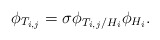
\begin{align*}\phi_{T_{i,j}} = \sigma \phi_{T_{i,j}/H_i} \phi_{H_i}.\end{align*}